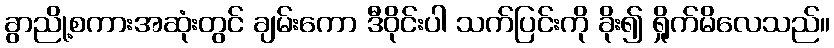
ခွာညို့စကားအဆုံးတွင် ချမ်းကော ဒီဝိုင်းပါ သက်ပြင်းကို ခိုး၍ ရှိုက်မိလေသည်။